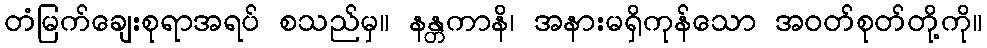
တံမြက်ချေးစုရာအရပ် စသည်မှ။ နန္တကာနိ၊ အနားမရှိကုန်သော အဝတ်စုတ်တို့ကို။